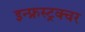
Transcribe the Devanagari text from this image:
इन्फ्रस्ट्रक्चर